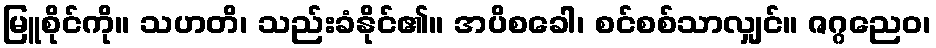
မြူစိုင်ကို။ သဟတိ၊ သည်းခံနိုင်၏။ အပိစခေါ၊ စင်စစ်သာလျှင်။ ဇဂ္ဂညေဝ၊